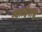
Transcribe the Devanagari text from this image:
ग्वाल्हेराचे